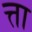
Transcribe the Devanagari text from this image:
त्ता